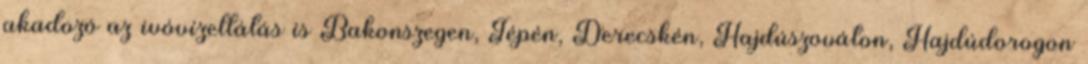
akadozó az ivóvízellátás is Bakonszegen, Tépén, Derecskén, Hajdúszováton, Hajdúdorogon